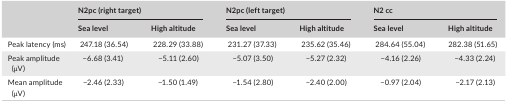
| <ROWSPAN=2>  | <COLSPAN=2> N2pc (right target) | <COLSPAN=2> N2pc (left target) | <COLSPAN=2> N2 cc |
 | Sea level | High altitude | Sea level | High altitude | Sea level | High altitude |
 | --- | --- | --- | --- | --- | --- | --- |
 | Peak latency (ms) | 247.18 (36.54) | 228.29 (33.88) | 231.27 (37.33) | 235.62 (35.46) | 284.64 (55.04) | 282.38 (51.65) |
 | Peak amplitude (μV) | −6.68 (3.41) | −5.11 (2.60) | −5.07 (3.50) | −5.27 (2.32) | −4.16 (2.26) | −4.33 (2.24) |
 | Mean amplitude (μV) | −2.46 (2.33) | −1.50 (1.49) | −1.54 (2.80) | −2.40 (2.00) | −0.97 (2.04) | −2.17 (2.13) |